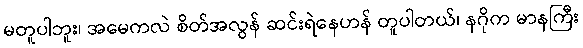
မတူပါဘူး၊ အမေကလဲ စိတ်အလွန် ဆင်းရဲနေဟန် တူပါတယ်၊ နဂိုက မာနကြီး